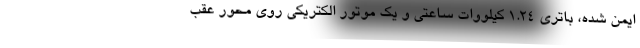
ایمن شده، باتری 1.24 کیلووات ساعتی و یک موتور الکتریکی روی محور عقب